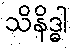
သိနိဒ္ဓါ